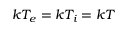
k T _ { e } = k T _ { i } = k T